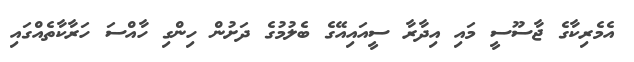
އެމެރިކާގެ ޖާސޫސީ މައި އިދާރާ ސީއައިއޭގެ ބެލުމުގެ ދަށުން ހިންގި ހާއްސަ ހަރާކާތެއްގައި